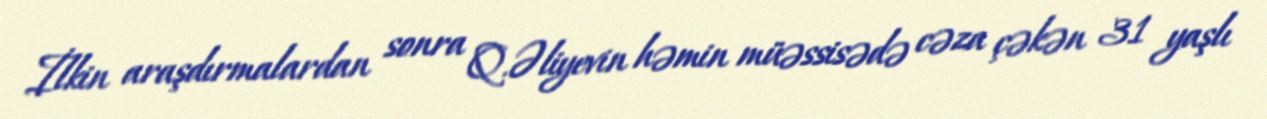
İlkin araşdırmalardan sonra Q.Əliyevin həmin müəssisədə cəza çəkən 31 yaşlı